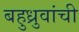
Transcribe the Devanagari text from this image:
बहुध्रुवांची